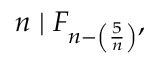
n \mid F _ { n - \left( { \frac { 5 } { n } } \right) } ,